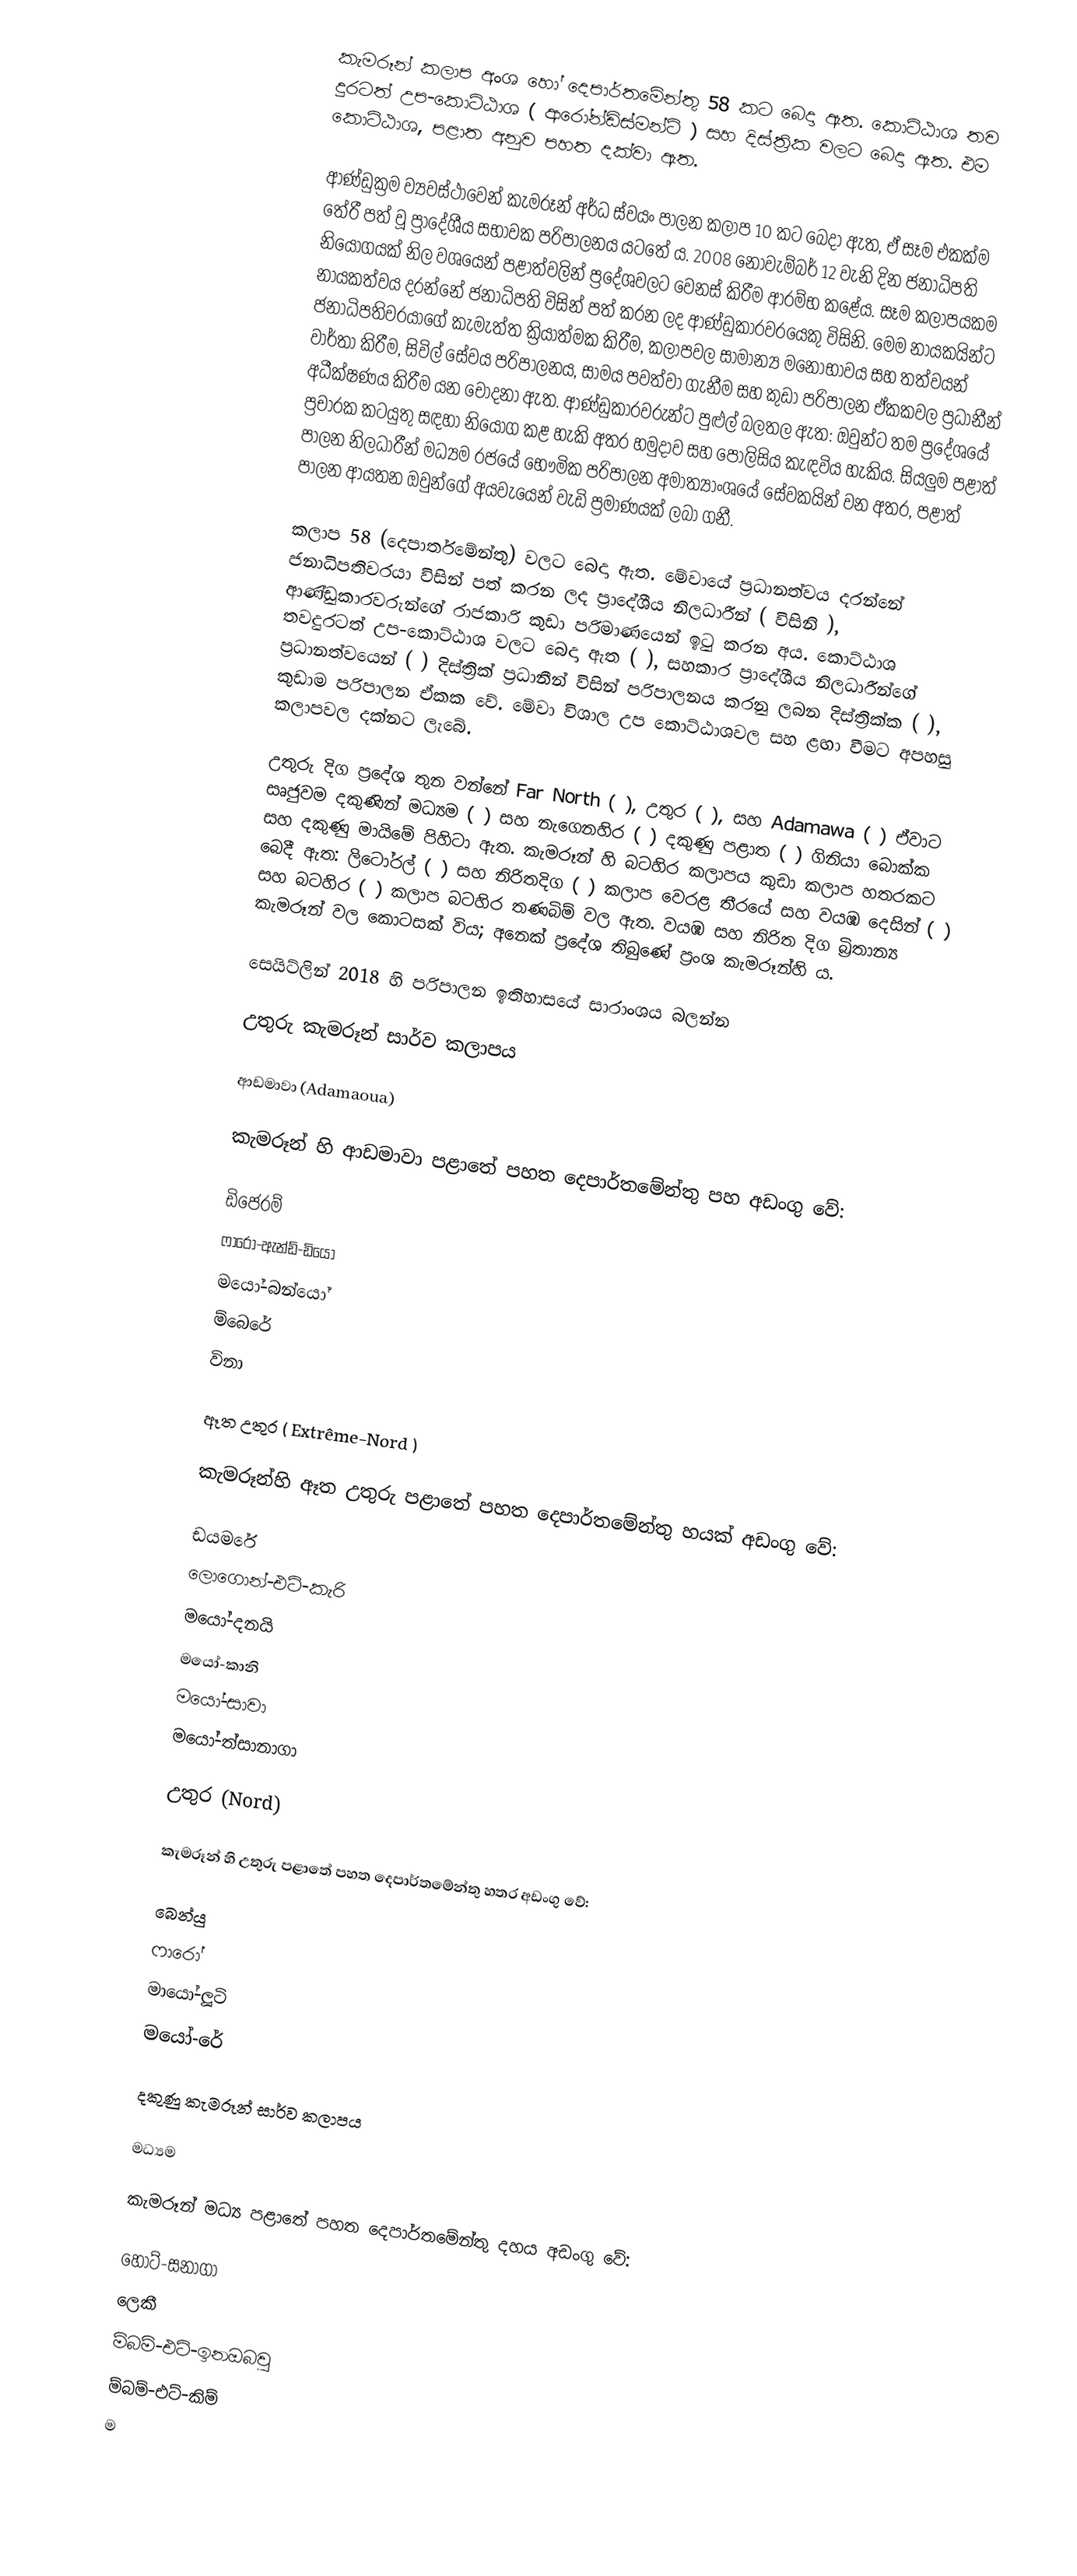
කැමරූන් කලාප අංශ හෝ දෙපාර්තමේන්තු 58 කට බෙදා ඇත. කොට්ඨාශ තව දුරටත් උප-කොට්ඨාශ ( ආරෝන්ඩිස්මන්ට් ) සහ දිස්ත්‍රික වලට බෙදා ඇත. එම කොට්ඨාශ, පළාත අනුව පහත දක්වා ඇත.

ආණ්ඩුක්‍රම ව්‍යවස්ථාවෙන් කැමරූන් අර්ධ ස්වයං පාලන කලාප 10 කට බෙදා ඇත, ඒ සෑම එකක්ම තේරී පත් වූ ප්‍රාදේශීය සභාවක පරිපාලනය යටතේ ය. 2008 නොවැම්බර් 12 වැනි දින ජනාධිපති නියෝගයක් නිල වශයෙන් පළාත්වලින් ප්‍රදේශවලට වෙනස් කිරීම ආරම්භ කළේය.  සෑම කලාපයකම නායකත්වය දරන්නේ ජනාධිපති විසින් පත් කරන ලද ආණ්ඩුකාරවරයෙකු විසිනි. මෙම නායකයින්ට ජනාධිපතිවරයාගේ කැමැත්ත ක්‍රියාත්මක කිරීම, කලාපවල සාමාන්‍ය මනෝභාවය සහ තත්වයන් වාර්තා කිරීම, සිවිල් සේවය පරිපාලනය, සාමය පවත්වා ගැනීම සහ කුඩා පරිපාලන ඒකකවල ප්‍රධානීන් අධීක්ෂණය කිරීම යන චෝදනා ඇත. ආණ්ඩුකාරවරුන්ට පුළුල් බලතල ඇත: ඔවුන්ට තම ප්‍රදේශයේ ප්‍රචාරක කටයුතු සඳහා නියෝග කළ හැකි අතර හමුදාව සහ පොලිසිය කැඳවිය හැකිය.  සියලුම පළාත් පාලන නිලධාරීන් මධ්‍යම රජයේ භෞමික පරිපාලන අමාත්‍යාංශයේ සේවකයින් වන අතර, පළාත් පාලන ආයතන ඔවුන්ගේ අයවැයෙන් වැඩි ප්‍රමාණයක් ලබා ගනී.

කලාප 58 (දෙපාර්තමේන්තු) වලට බෙදා ඇත. මේවායේ ප්‍රධානත්වය දරන්නේ ජනාධිපතිවරයා විසින් පත් කරන ලද ප්‍රාදේශීය නිලධාරීන් (  විසිනි ), ආණ්ඩුකාරවරුන්ගේ රාජකාරි කුඩා පරිමාණයෙන් ඉටු කරන අය. කොට්ඨාශ තවදුරටත් උප-කොට්ඨාශ වලට බෙදා ඇත (  ), සහකාර ප්‍රාදේශීය නිලධාරීන්ගේ ප්‍රධානත්වයෙන් (  ) දිස්ත්‍රික් ප්‍රධානීන් විසින් පරිපාලනය කරනු ලබන දිස්ත්‍රික්ක (  ), කුඩාම පරිපාලන ඒකක වේ. මේවා විශාල උප කොට්ඨාශවල සහ ළඟා වීමට අපහසු කලාපවල දක්නට ලැබේ.

උතුරු දිග ප්‍රදේශ තුන වන්නේ Far North (  ), උතුර (  ), සහ Adamawa (  ) ඒවාට සෘජුවම දකුණින් මධ්‍යම (  ) සහ නැගෙනහිර (  ) දකුණු පළාත (  ) ගිනියා බොක්ක සහ දකුණු මායිමේ පිහිටා ඇත. කැමරූන් හි බටහිර කලාපය කුඩා කලාප හතරකට බෙදී ඇත: ලිටෝරල් (  ) සහ නිරිතදිග (  ) කලාප වෙරළ තීරයේ සහ වයඹ දෙසින් (  ) සහ බටහිර (  ) කලාප බටහිර තණබිම් වල ඇත. වයඹ සහ නිරිත දිග බ්‍රිතාන්‍ය කැමරූන් වල කොටසක් විය; අනෙක් ප්‍රදේශ තිබුණේ ප්‍රංශ කැමරූන්හි ය.

සෙයිට්ලින් 2018 හි පරිපාලන ඉතිහාසයේ සාරාංශය බලන්න

උතුරු කැමරූන් සාර්ව කලාපය

ආඩමාවා (Adamaoua)

කැමරූන් හි ආඩමාවා පළාතේ පහත දෙපාර්තමේන්තු පහ අඩංගු වේ:

 ඩිජෙරම්
 ෆාරෝ-ඇන්ඩ්-ඩියෝ
 මයෝ-බන්යෝ
 ම්බෙරේ
 විනා

ඈත උතුර ( Extrême-Nord )

කැමරූන්හි ඈත උතුරු පළාතේ පහත දෙපාර්තමේන්තු හයක් අඩංගු වේ:

 ඩයමරේ
 ලොගොන්-එට්-කැරි
 මයෝ-දනයි
 මයෝ-කානි
 මයෝ-සාවා
 මයෝ-ත්සානාගා

උතුර (Nord)

කැමරූන් හි උතුරු පළාතේ පහත දෙපාර්තමේන්තු හතර අඩංගු වේ:

 බෙන්යු
 ෆාරෝ
 මායෝ-ලූටි
 මයෝ-රේ

දකුණු කැමරූන් සාර්ව කලාපය

මධ්‍යම

කැමරූන් මධ්‍ය පළාතේ පහත දෙපාර්තමේන්තු දහය අඩංගු වේ:

 හොට්-සනාගා
 ලෙකී
 ම්බම්-එට්-ඉනඔබවු
 ම්බම්-එට්-කිම්
 ම